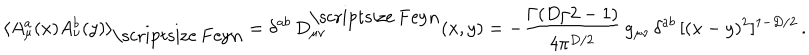
LaTeX: \langle A _ { \mu } ^ { a } ( x ) A _ { \nu } ^ { b } ( y ) \rangle _ { \mathrm { \scriptsize ~ F e y n } } = \delta ^ { a b } \, D _ { \mu \nu } ^ { \mathrm { \scriptsize ~ F e y n } } ( x , y ) = - { \frac { \Gamma ( D / 2 - 1 ) } { 4 \pi ^ { D / 2 } } } \, g _ { \mu \nu } \, \delta ^ { a b } \, [ ( x - y ) ^ { 2 } ] ^ { 1 - D / 2 } \, .